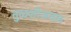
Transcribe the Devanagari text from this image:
तुळशीजवळ